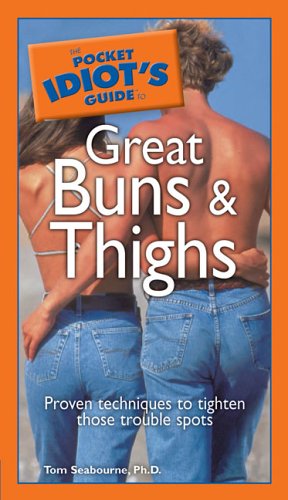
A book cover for The Pocket Idiot's Guide to Great Buns and Thighs; Tom Seabourne Ph.D.; Health, Fitness & Dieting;